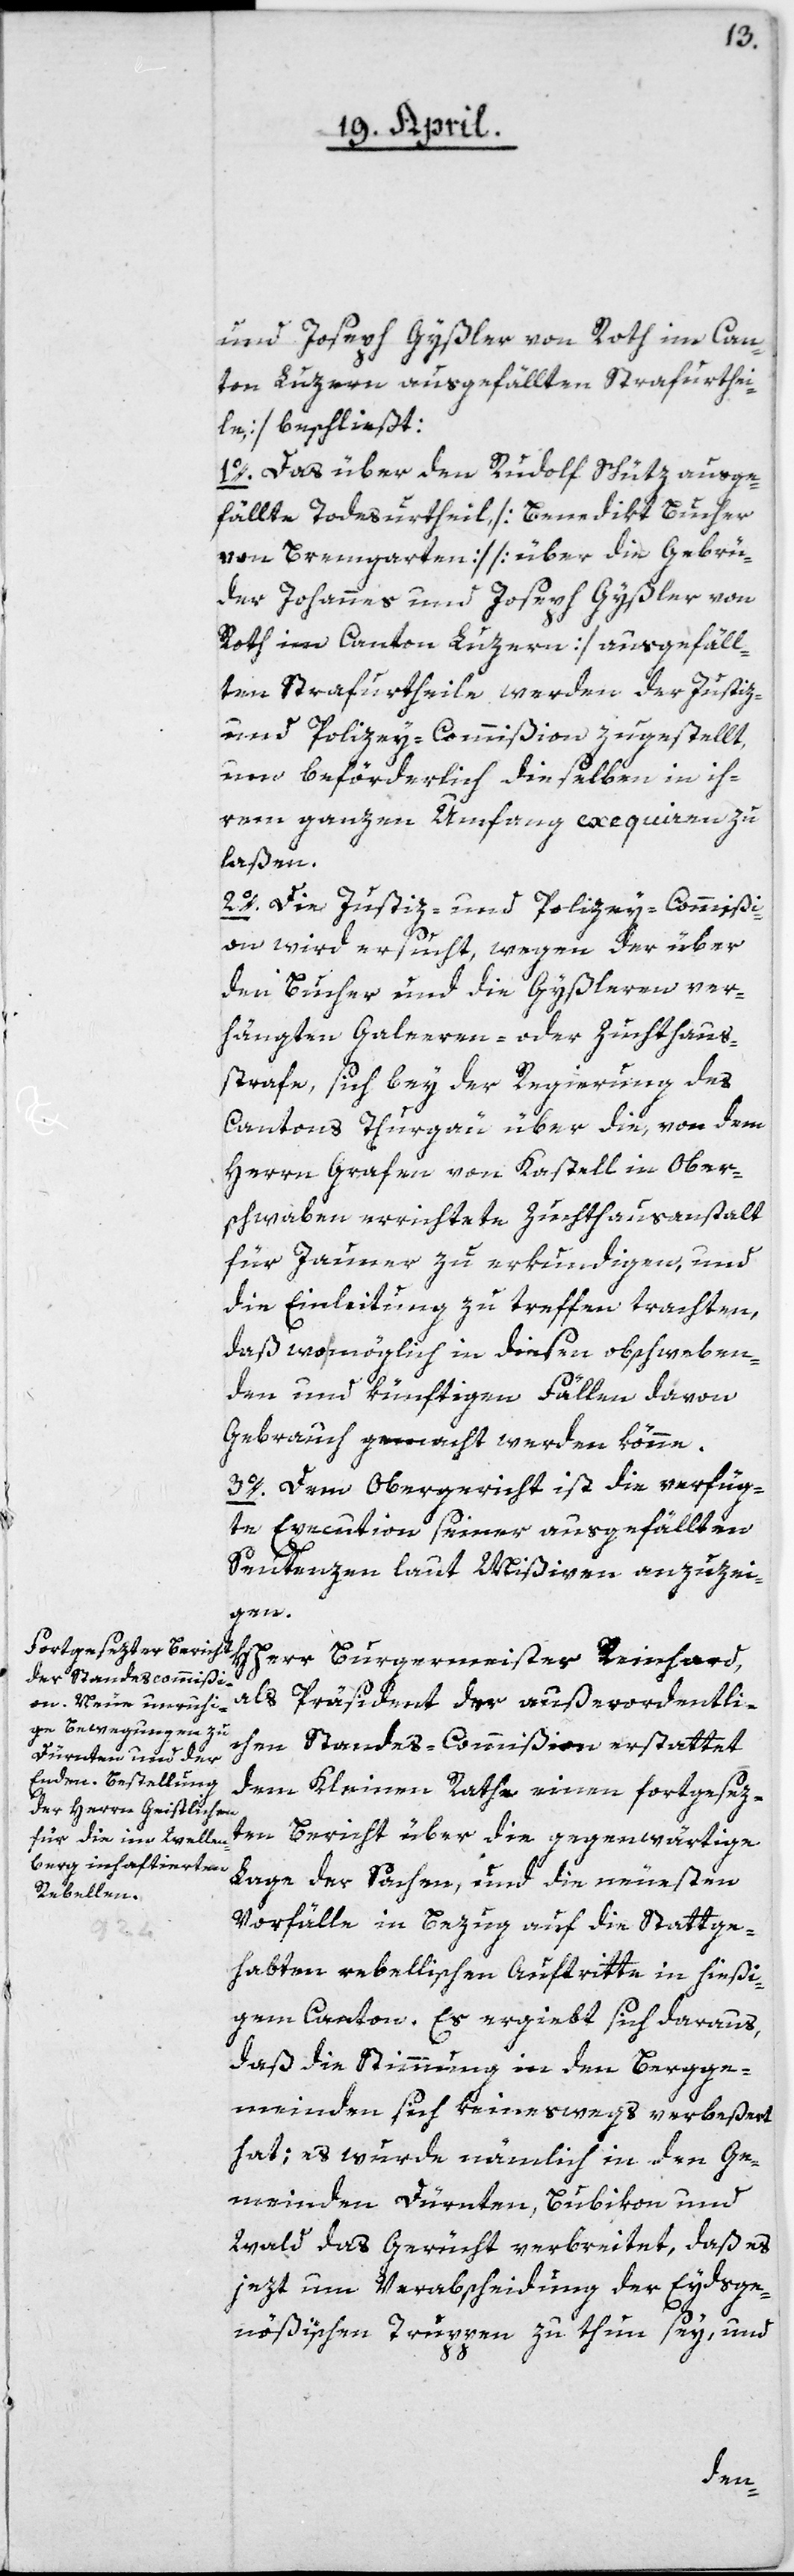
und Joseph Gyßler von Roth im Can¬
ton Luzern ausgefällten Strafurthei¬
le) beschließt:
1o. Das über den Rudolf Schütz ausge¬
fällte Todesurtheil, [Benedikt Bucher
von Bremgarten] – [über die Gebrü¬
der Johannes und Joseph Gyßler von
Roth im Canton Luzern] ausgefäll¬
ten Strafurtheile werden der Justiz-
und Polizey-Commißion zugestellt,
um beförderlich dieselben in ih¬
rem ganzen Umfang exequieren zu
laßen.
2o. Die Justiz- und Polizey-Commißi¬
on wird ersucht, wegen der über
den Bucher und die Gyßleren ver¬
hängten Galeeren- oder Zuchthaus¬
strafe, sich bey der Regierung des
Cantons Thurgau über die, von dem
Herrn Grafen von Kastell in Ober¬
schwaben errichtete Zuchthausanstalt
für Jauner zu erkundigen, und
die Einleitung zu treffen trachten,
daß womöglich in diesen obschweben¬
den und künftigen Fällen davon
Gebrauch gemacht werden könne.
3o. Dem Obergericht ist die verfüg¬
te Execution seiner ausgefällten
Sentenzen laut Mißiven anzuzei¬
gen.
HHerr Burgermeister Reinhard,
als Präsident der außerordentli¬
chen Standes-Commißion erstattet
dem Kleinen Rathe einen fortgesez¬
ten Bericht über die gegenwärtige
Lage der Sachen, und die neuesten
Vorfälle in Bezug auf die Stattge¬
habten rebellischen Auftritte in hießi¬
gem Canton. Es ergiebt sich daraus,
daß die Stimmung in den Bergge¬
meinden sich keineswegs verbeßert
hat; es wurde nämlich in den Ge¬
meinden Dürnten, Bubikon und
Wald das Gerücht verbreitet, daß es
jezt um Verbscheidung der Eydsge¬
nößischen Truppen zu thun sey, und